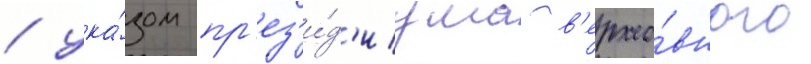
/ ука́зом пр'ез'и́д'иума в'ерхо́вного